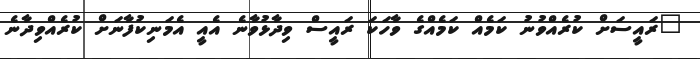
"ރައީސަށް ކުރެއްވުނު ކަމެއް ކަމެއްގެ ވާހަކަ ރައީސް ވިދާޅުވާނެ އެއީ އެމަނިކުފާނަށް ކުރެއްވިދާނެ